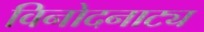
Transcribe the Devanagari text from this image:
विनोदनाट्य